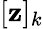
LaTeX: [\mathbf{z}]_{k}